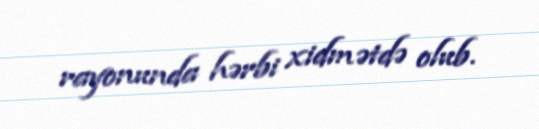
rayonunda hərbi xidmətdə olub.